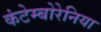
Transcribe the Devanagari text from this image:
कंटेम्बोरेनिया